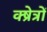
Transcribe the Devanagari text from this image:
क्ष्रेत्रों